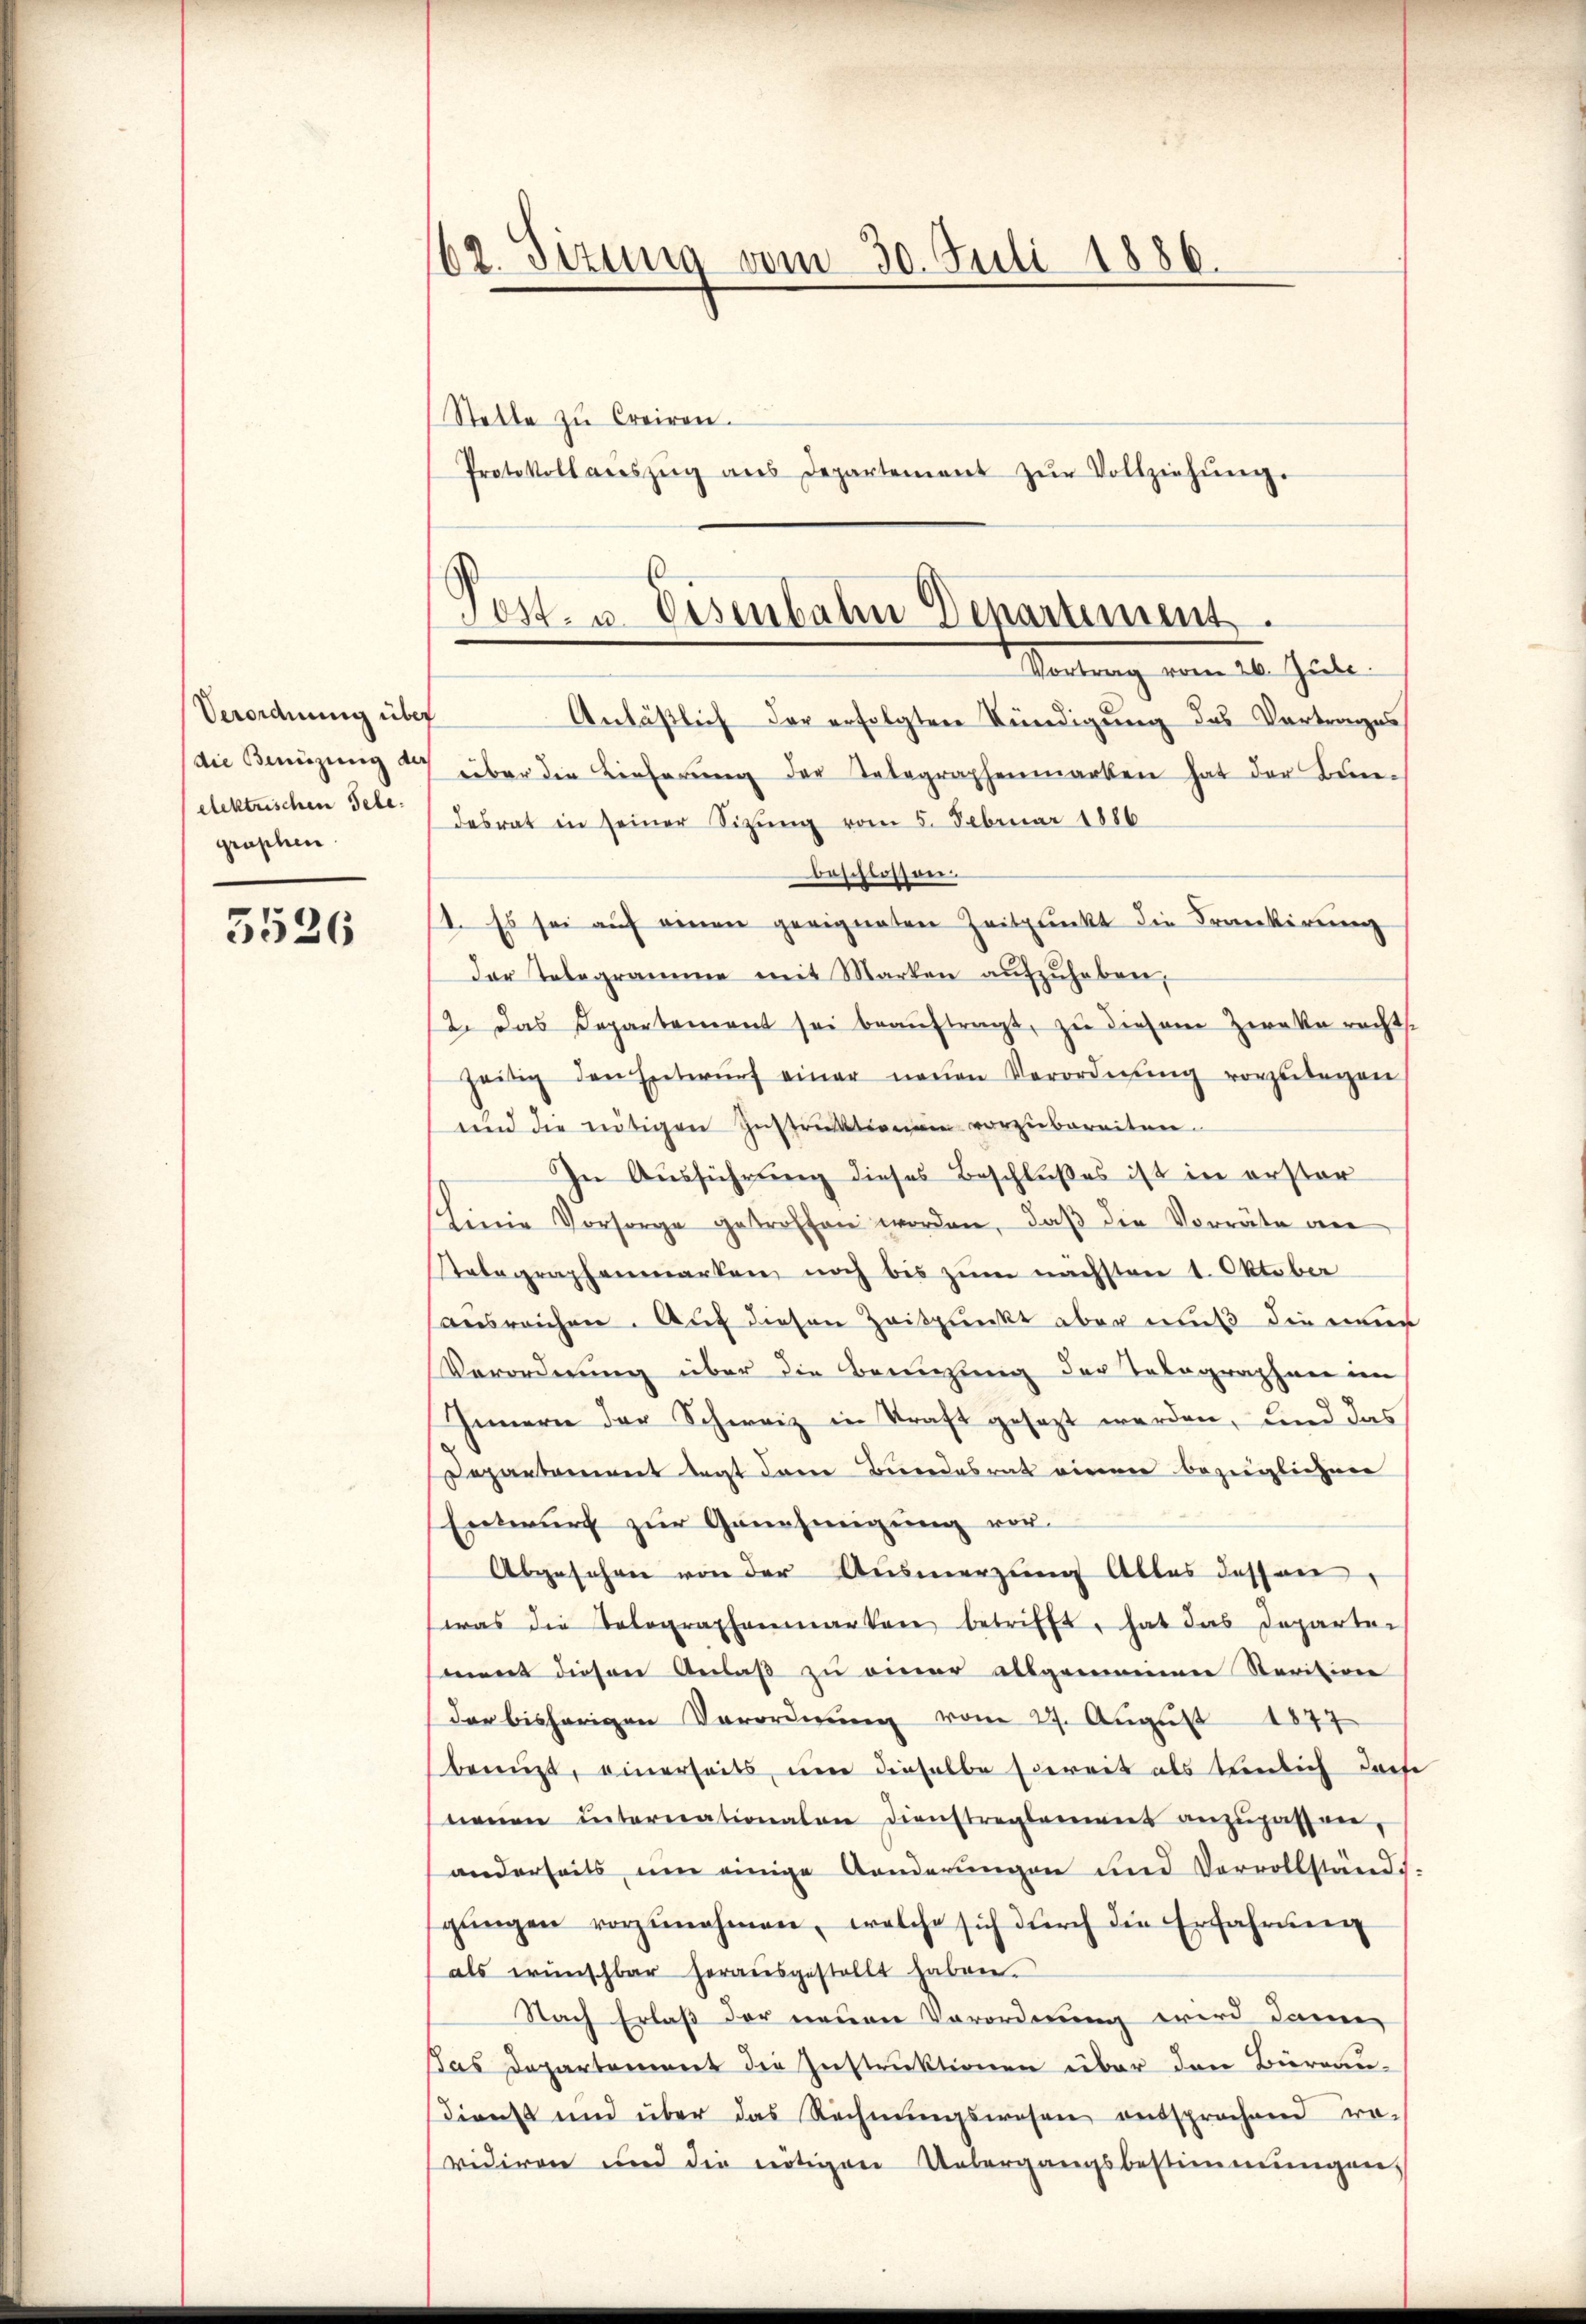
Verordnung über
die Benützung des
elektrischen Sele.
graphen.

5526

62. Sizung vom 30. Juli 1886.

Stette zu Creiren.
Protokoll aŭszŭg ans Departement zŭr Vollziehŭng.

Post- u. Eisenbahn Deparument.
Wertung vom 10. Juli.

Anläßlich der erfolgten Kündigung das Vortrages
über die Lieferŭng der Telegraphenmarken hat der Bun-
desrat in seiner Sitzŭng vom 5. Februar 1886
beschlossen
1. Es sei auf einen geeigneten Zeitplückt die Frankerung
Der Telegramme mit Marken aŭfzŭheben,
12. Das Departement sei beaŭftragt, zu diesem Zweke rechts.
heitig den Entwŭrf einer neuen Verordnung vorzulegen
und die nötigen Instruktionen vorzubereiten.
In Ausführung dieses Beschlußes ist in erster
Linie Vorsorge getroffen worden, daβ die Vorräte an
Telegraphenmarken, noch bis zŭm nächsten 1. Oktober
ausreichen. Auf diesen Zeitpunkt aber muß die eine
Verordnung über die Benutzung der Telegraphen im
Innern der Schweiz in Kraft gesezt werden, und das
Departement tagt dann Bundesrath einen bezüglichen
Entwurf zur Genehmigung vor-
Abgesehen von der Ausmerzung Alles dessen
was die Tolographenmarker betrifft, hat das Departei
mnent diesen Anlaβ zŭ einer allgemeiner Serition
der bisherigen Verordnŭng vom 27. August 1847
bereizt, einerseits, um dieselbe sereit als tenlich dache
neuen unternationalen dienstreglement anzupassen,
anderseits um einige Aenderungen und Vervollständ-
gŭngen vorzŭnehmen, welche sich dŭrch die Erfahrung
als wünschbar herausgestellt haben.
Nach Erlaß der neuen Vorordnung wird dann
Das Departement die Instruktionen über den Büreau-
dienst und über das Rechnŭngswesen entsprochend ro-
vidiren und die nötigen Untergangsbestimmungen,